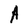
Character: A